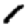
Digit: 1